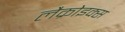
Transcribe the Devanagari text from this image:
लैक्रोइक्स